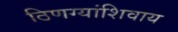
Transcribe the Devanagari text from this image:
ठिणग्यांशिवाय